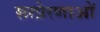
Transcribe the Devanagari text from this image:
सत्प्रेरणाओं